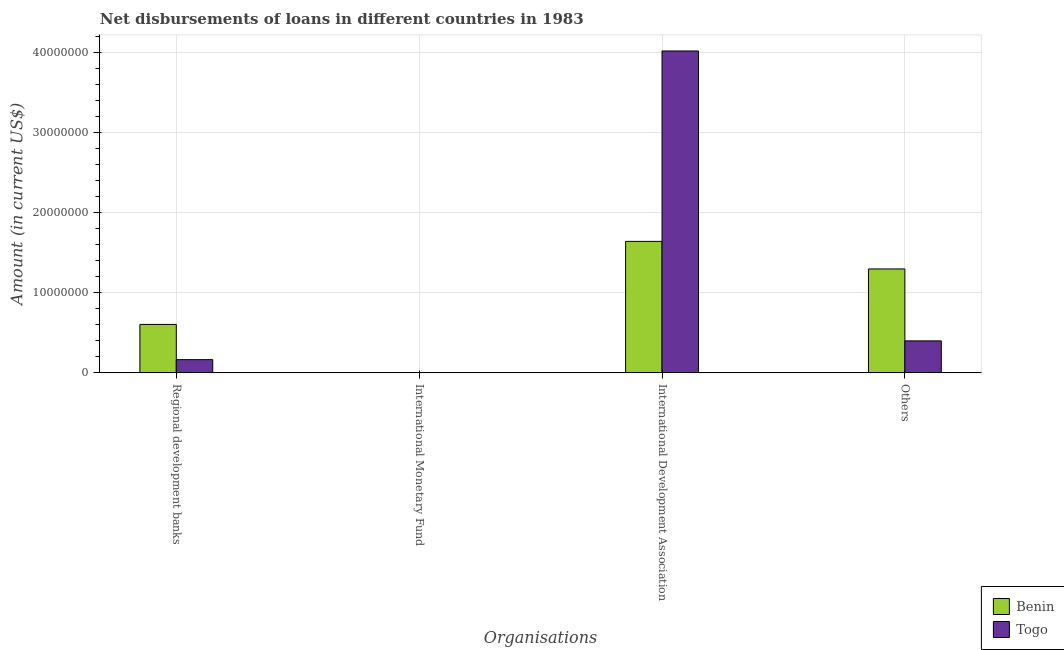
| Organisations | Benin | Togo |
 | --- | --- | --- |
 | Regional development banks | 6.06e+06 | 1.65e+06 |
 | International Monetary Fund | -2.41e+05 | -2.77e+05 |
 | International Development Association | 1.64e+07 | 4.02e+07 |
 | Others | 1.3e+07 | 4e+06 |